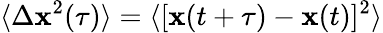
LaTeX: \langle\Delta\mathbf{x}^{2}(\tau)\rangle=\langle[\mathbf{x}(t+\tau)-\mathbf{x}(t)]^{2}\rangle